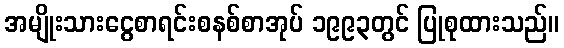
အမျိုးသားငွေစာရင်းစနစ်စာအုပ် ၁၉၉၃တွင် ပြုစုထားသည်။